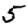
Digit: 5